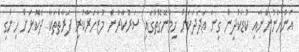
އަންހެނުންނާއި ކުޑަކުދިން ގިނަ ޢަދަދަކަށް ހިމެނޭގޮތުގައި ސަރުކާރުން މުޒާހަރާކުރި ފަރާތްތަކާ ދެކޮޅަށް ހިންގި